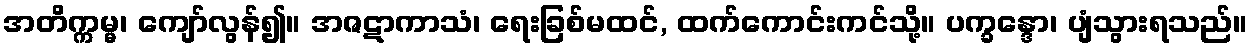
အတိက္ကမ္မ၊ ကျော်လွန်၍။ အဇဋာကာသံ၊ ရေးခြစ်မထင်, ထက်ကောင်းကင်သို့။ ပက္ခန္ဒော၊ ပျံသွားရသည်။